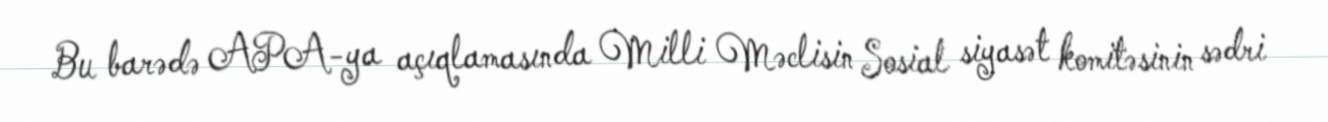
Bu barədə APA-ya açıqlamasında Milli Məclisin Sosial siyasət komitəsinin sədri